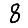
Digit: 8